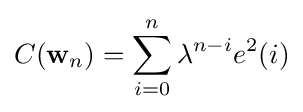
C(\mathbf {w} _{n})=\sum _{i=0}^{n}\lambda ^{n-i}e^{2}(i)